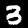
Label: 3